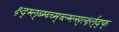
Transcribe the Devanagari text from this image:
क्ष्द्म्ल्ब्म्ब्च्म्ब्ल्म्ल्स्र्ल्क्ष्ल्द्फ्